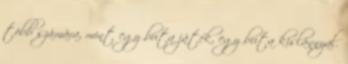
több számára, mint egy buta játék, egy buta kislánnyal.